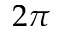
2 \pi